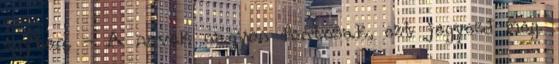
egyben. - A nevek nagyon fontosak, ezt jegyezd meg.